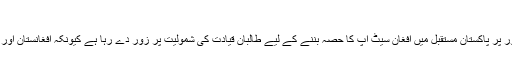
ان خیالات کا اظہار انہوں ... مزید
امریکا میں مقیم پاکستان کے سفیر اعزاز احمد چوہدری نے کہا ہے کہ ظاہری طور پر پاکستان مستقبل میں افغان سیٹ اپ کا حصہ بننے کے لیے طالبان قیادت کی شمولیت پر زور دے رہا ہے کیونکہ افغانستان اور امریکہ افغانستان سے عسکریت پسندی کو ختم کرنے کی کوششیں بڑھا رہے ہیں۔